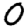
Digit: 0